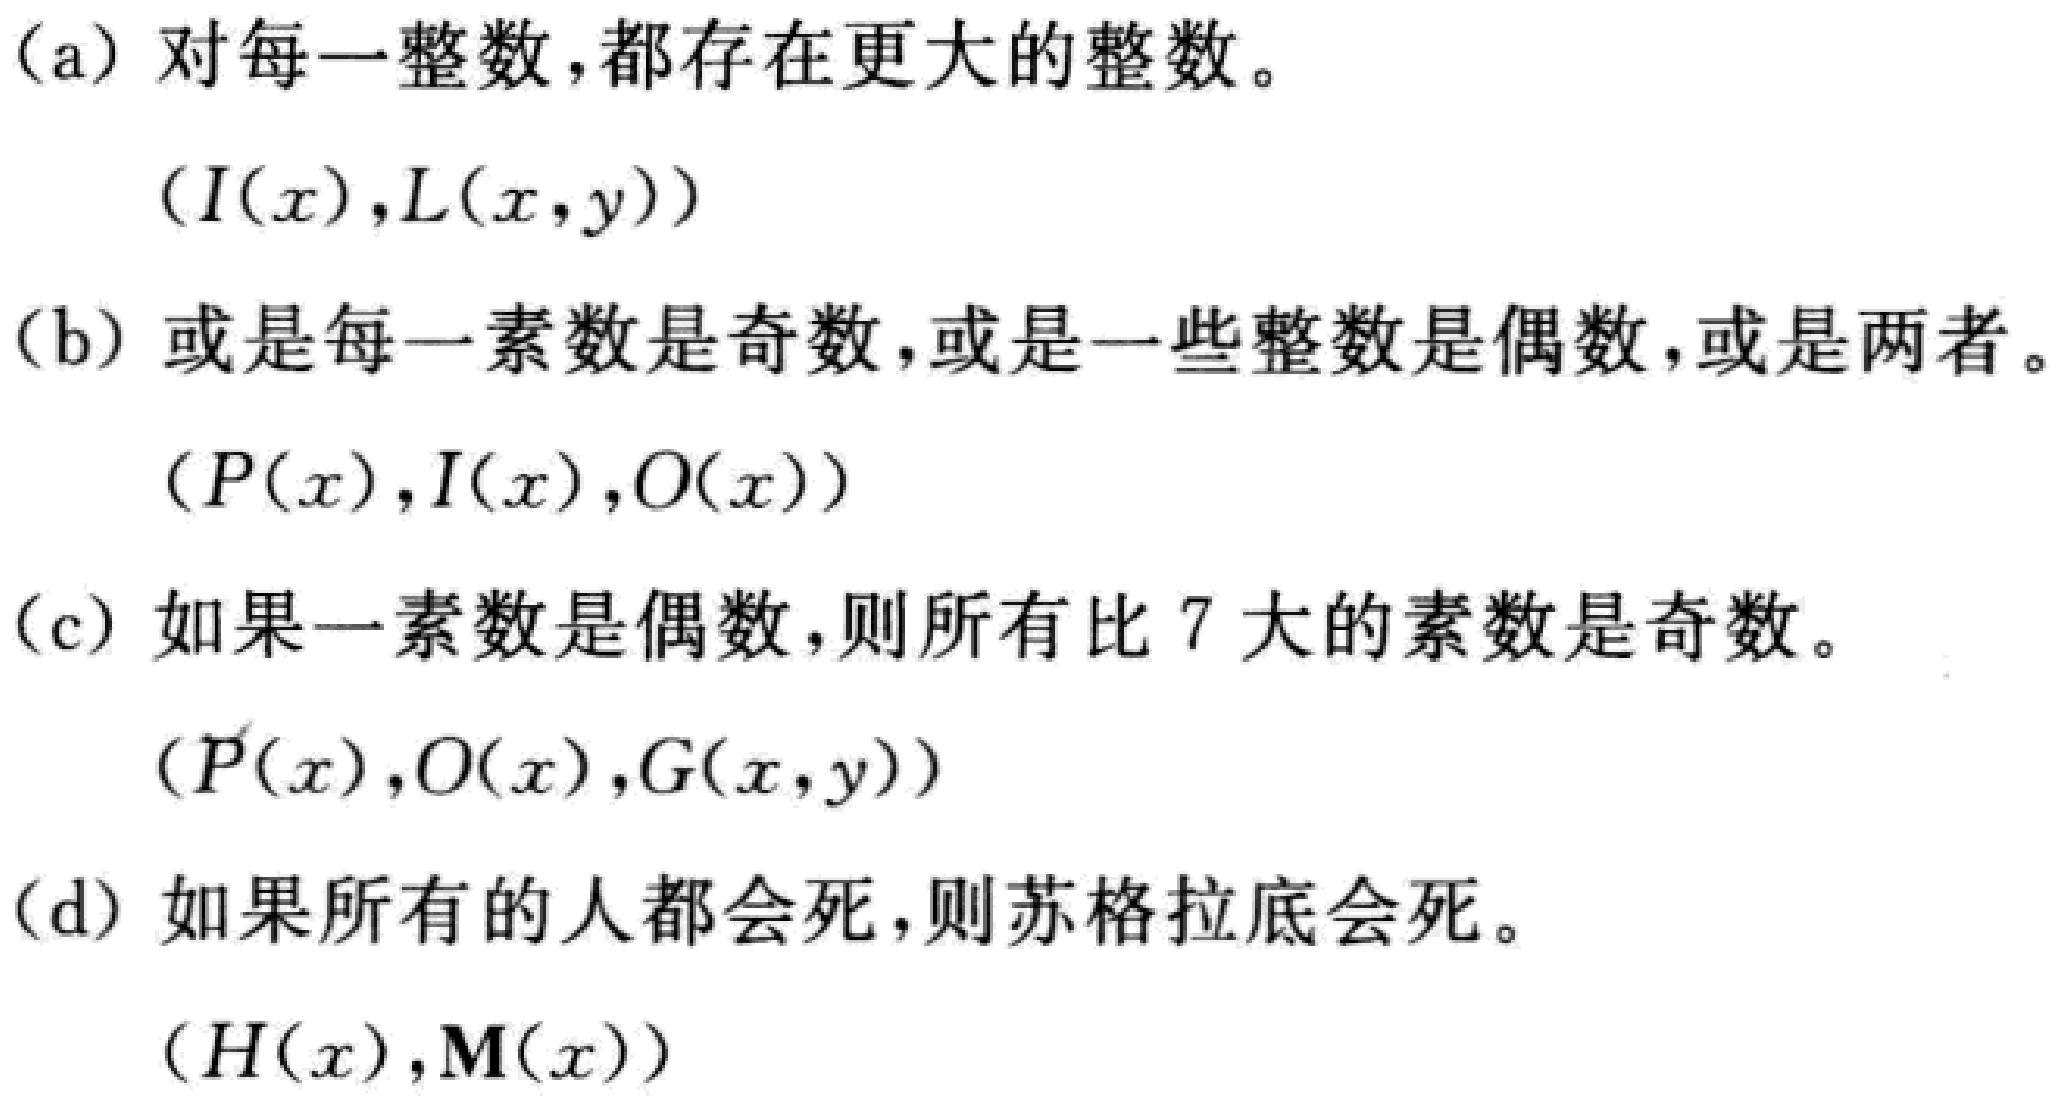
(a) 对每一整数，都存在更大的整数。

   $(I(x),L(x,y))$

(b) 或是每一素数是奇数，或是一些整数是偶数，或是两者。

   $(P(x),I(x),O(x))$

(c) 如果一素数是偶数，则所有比 7 大的素数是奇数。

   $(P(x),O(x),G(x,y))$

(d) 如果所有的人都会死，则苏格拉底会死。

   $(H(x),M(x))$